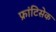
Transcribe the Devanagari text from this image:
फ्रांटिसेक